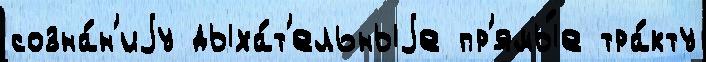
созна́н'иjу дыха́т'ельныjе пр'ямы́е тра́кту